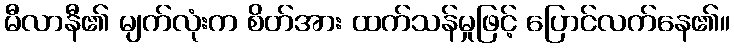
မီလာနီ၏ မျက်လုံးက စိတ်အား ထက်သန်မှုဖြင့် ပြောင်လက်နေ၏။